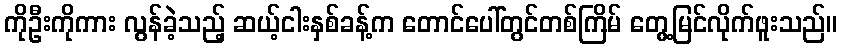
ကိုဦးကိုကား လွန်ခဲ့သည့် ဆယ့်ငါးနှစ်ခန့်က တောင်ပေါ်တွင်တစ်ကြိမ် တွေ့မြင်လိုက်ဖူးသည်။